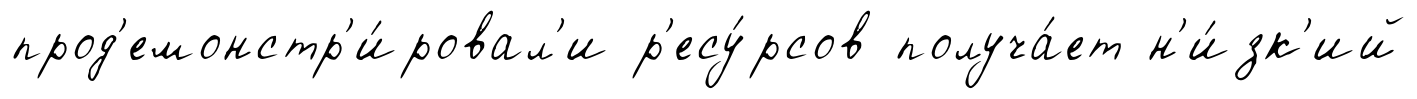
прод'емонстр'и́ровал'и р'есу́рсов получа́ет н'и́зк'ий